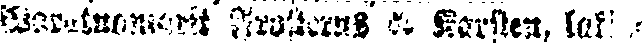
Waratuomarit Frosterus & Karsten, lakia-